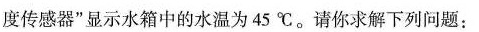
度传感器”显示水箱中的水温为45℃。请你求解下列问题：